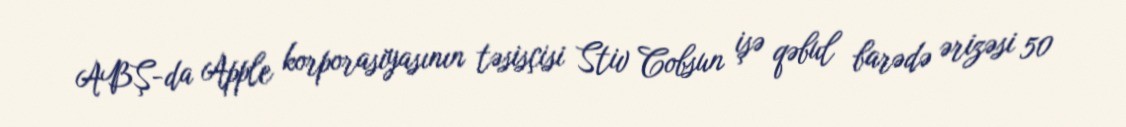
ABŞ-da Apple korporasiyasının təsisçisi Stiv Cobsun işə qəbul barədə ərizəsi 50